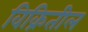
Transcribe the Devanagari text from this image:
विक्रितील